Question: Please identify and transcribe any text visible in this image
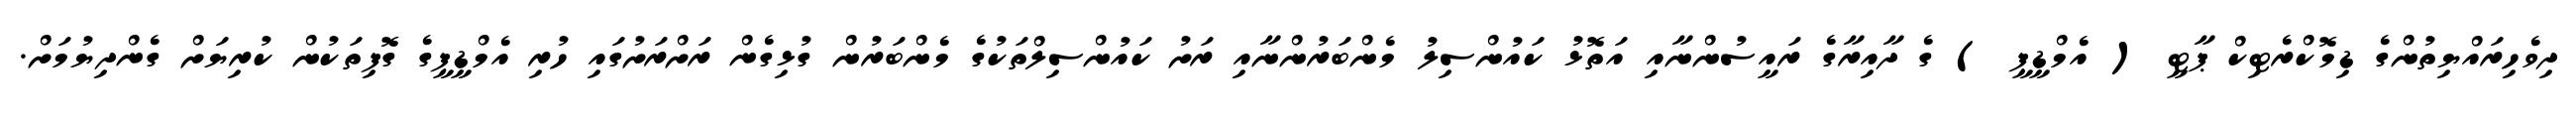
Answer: ދިވެހިރައްޔިތުންގެ ޑިމޮކްރެޓިކް ޕާޓީ ( އެމްޑީޕީ ) ގެ ދާއިރާގެ ރައީސުންނާއި އަތޮޅު ކައުންސިލު މެންބަރުންނާއި ރަށު ކައުންސިލްތަކުގެ މެންބަރުން ގުޅިގެން ރަށްރަށުގައި ހުރި އެމްޑީޕީގެ ގޮފިތަކުން ކުރިޔަށް ގެންދިޔުމަށް.